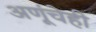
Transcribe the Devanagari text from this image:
अणूंचेही